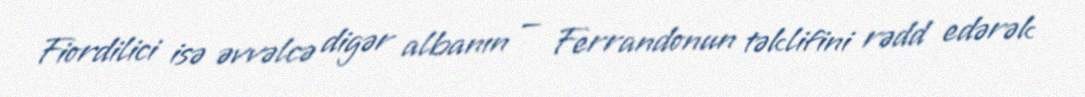
Fiordilici isə əvvəlcə digər albanın — Ferrandonun təklifini rədd edərək